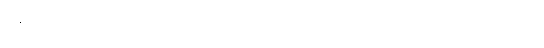
အထင်သေးတယ်၊ သူ့ကိုယ်သူ ဆင်ခြင်သုံးသပ်ရမယ်ဆိုပြီး ပြောတယ်။